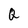
Character: Q